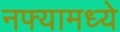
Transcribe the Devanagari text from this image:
नफ्यामध्ये